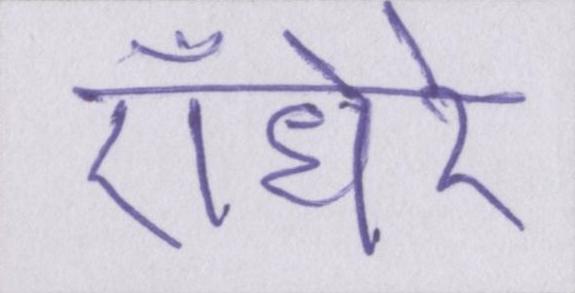
ऍंधेरे